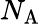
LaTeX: N_{\mathrm{A}}